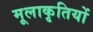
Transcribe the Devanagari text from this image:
मूलाकृतियों